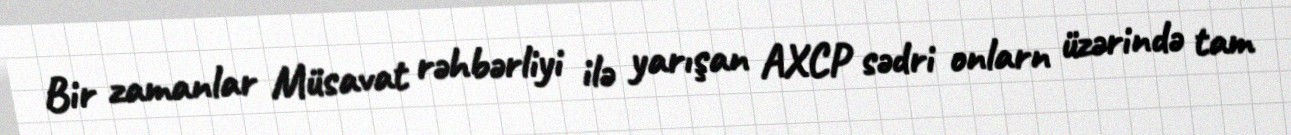
Bir zamanlar Müsavat rəhbərliyi ilə yarışan AXCP sədri onlarn üzərində tam